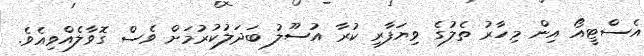
އެސްޓީއޯ އިން މިހާރު ތެލުގެ ވިޔަފާރި ކުރާ އުސޫލު ބަދަލުކުރުމަށް ވެސް ގޮވާލެއްވިއެވެ.